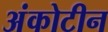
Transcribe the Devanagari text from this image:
अंकोटीन